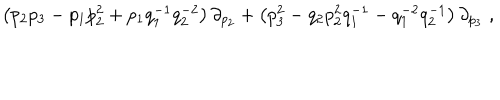
\left( p _ { 2 } p _ { 3 } - p _ { 1 } p _ { 2 } ^ { 2 } + p _ { 1 } q _ { 1 } ^ { - 1 } q _ { 2 } ^ { - 2 } \right) \partial _ { p _ { 2 } } + \left( p _ { 3 } ^ { 2 } - q _ { 2 } p _ { 2 } ^ { 2 } q _ { 1 } ^ { - 1 } - q _ { 1 } ^ { - 2 } q _ { 2 } ^ { - 1 } \right) \partial _ { p _ { 3 } } \; ,